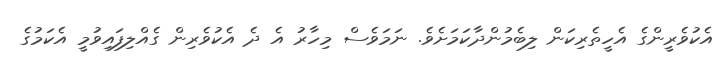
އެކުވެރީންގެ އެހީތެރިކަން ލިބެމުންދާކަމަށެވެ. ނަމަވެސް މިހާރު އެ ދެ އެކުވެރިން ގެއްލިފައިވުމީ އެކަމުގެ